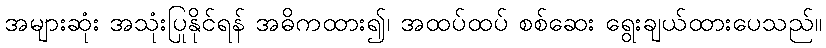
အများဆုံး အသုံးပြုနိုင်ရန် အဓိကထား၍၊ အထပ်ထပ် စစ်ဆေး ရွေးချယ်ထားပေသည်။